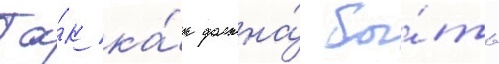
Та́к ка́к должна́ бы́ть